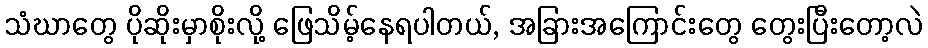
သံဃာတွေ ပိုဆိုးမှာစိုးလို့ ဖြေသိမ့်နေရပါတယ်, အခြားအကြောင်းတွေ တွေးပြီးတော့လဲ